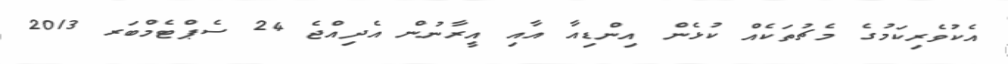
އެކުވެރިކަމުގެ މެޗުތަކެއް ކުޅެން އިންޑިއާ އާއި އީރާނުން އެދިއްޖެ 24 ސެޕްޓެމްބަރ 2013